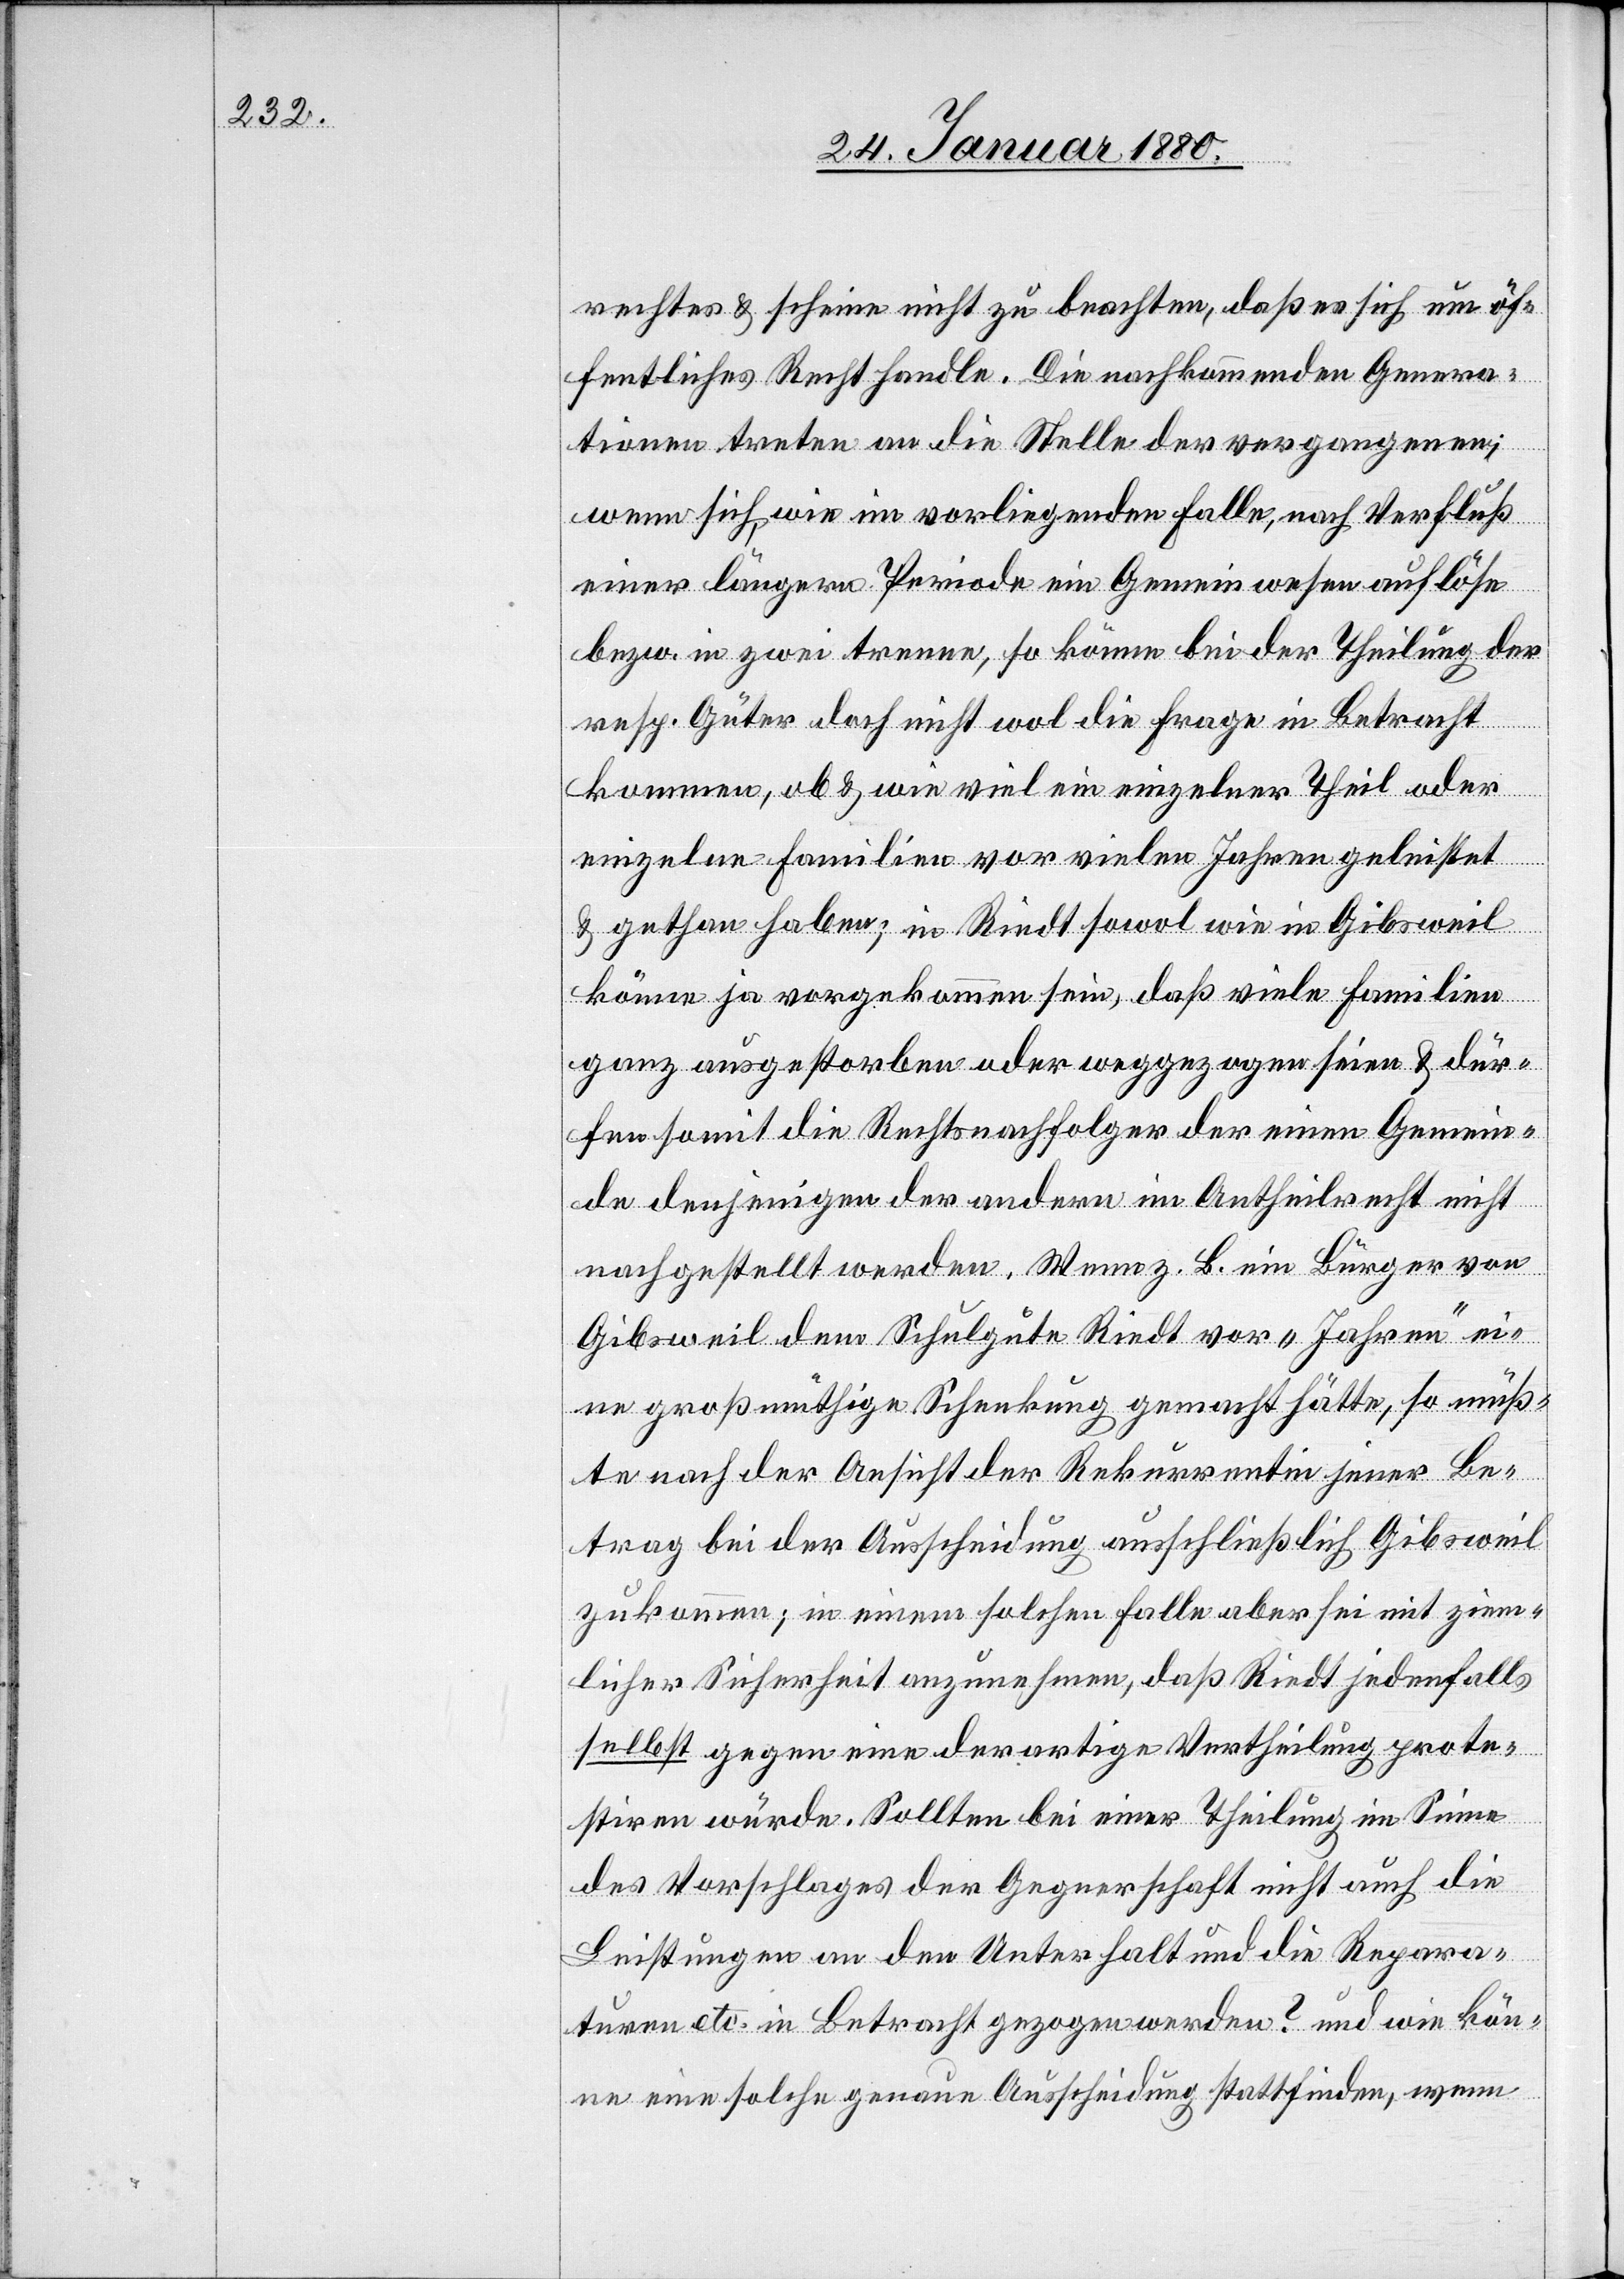
rechtes & scheine nicht zu beachten, daß es sich um öf¬
fentliches Recht handle. Die nachkommenden Genera¬
tionen treten an die Stelle der vorgegangenen;
wenn sich wie im vorliegenden Falle, nach Verfluß
einer längern Periode ein Gemeinwesen auflöse
bezw. in zwei trenne, so könne bei der Theilung der
resp. Güter doch nicht wol die Frage in Betracht
kommen, ob & wie viel ein einzelner Theil oder
einzelne Familien vor vielen Jahren geleistet
& gethan haben; in Riedt sowol wie in Gibsweil
könne ja vorgekommen sein, daß viele Familien
ganz ausgestorben oder weggezogen seien & dür¬
fen somit die Rechtsnachfolger der einen Gemein¬
de denjenigen der andern im Antheilrecht nicht
nachgestellt werden. Wenn z. B. ein Bürger von
Gibsweil dem Schulgute Riedt vor „Jahren“ ei¬
ne großmüthige Schenkung gemacht hätte, so müß¬
te nach der Ansicht der Rekurrentin jener Be¬
trag bei der Ausscheidung ausschließlich Gibsweil
zukommen; in einem solchen Falle aber sei mit ziem¬
licher Sicherheit anzunehmen, daß Riedt jedenfalls
selbst gegen eine derartige Vertheilung prote¬
stiren würde. Sollten bei einer Theilung im Sinne
des Vorschlages der Gegnerschaft nicht auch die
Leistungen an den Unterhalt und die Repara¬
turen etc. in Betracht gezogen werden? und wie kön¬
ne eine solche genaue Ausscheidung stattfinden, wenn